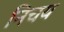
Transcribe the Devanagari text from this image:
निचय